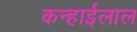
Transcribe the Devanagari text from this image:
कन्हाईलाल